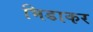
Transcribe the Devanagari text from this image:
भिडाकर